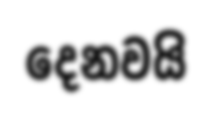
දෙනවයි